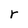
Character: r